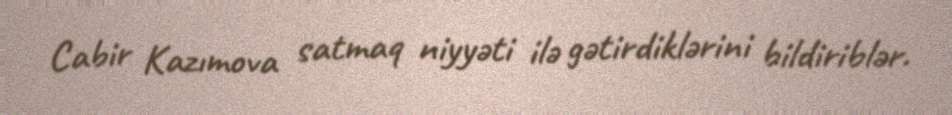
Cabir Kazımova satmaq niyyəti ilə gətirdiklərini bildiriblər.